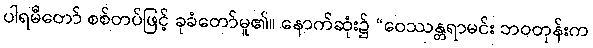
ပါရမီတော် စစ်တပ်ဖြင့် ခုခံတော်မူ၏။ နောက်ဆုံး၌ “ဝေဿန္တရာမင်း ဘဝတုန်းက